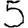
Digit: 5